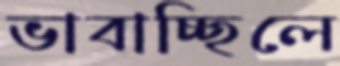
ভাবাচ্ছিলে